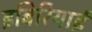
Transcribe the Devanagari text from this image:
इबिरियाई